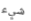
شيء